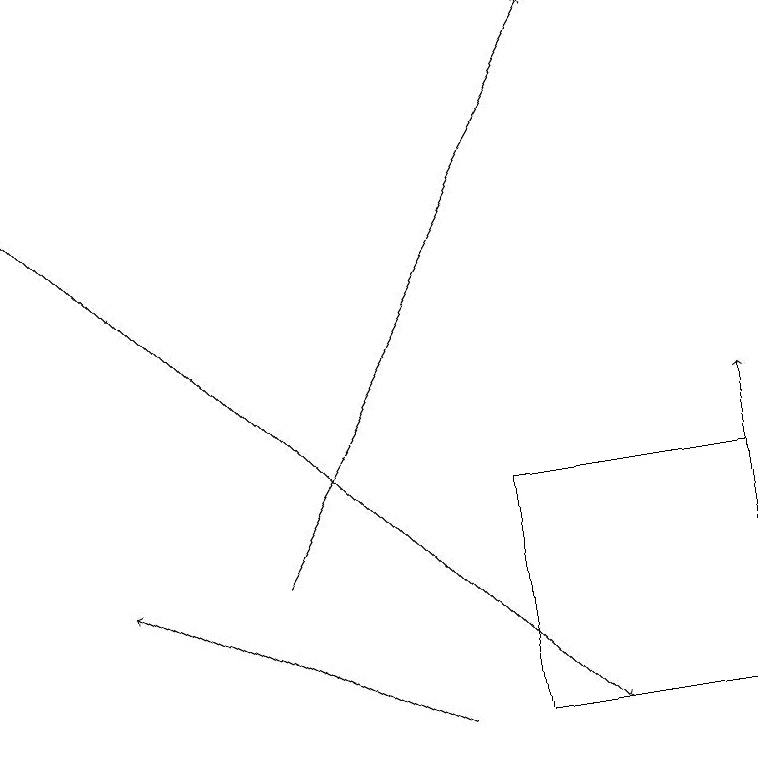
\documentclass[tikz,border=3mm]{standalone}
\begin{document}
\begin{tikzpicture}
\draw[->] (5,10) -- (1,12);
\draw (6,10) rectangle (9,13);
\draw[->] (0,17) -- (7,10);
\draw[->] (9,11) -- (9,14);
\draw[->] (3,12) -- (7,19);
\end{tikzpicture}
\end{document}